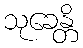
သုခေန္တိ